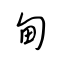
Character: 甸